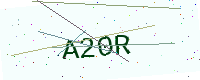
Text: A20R